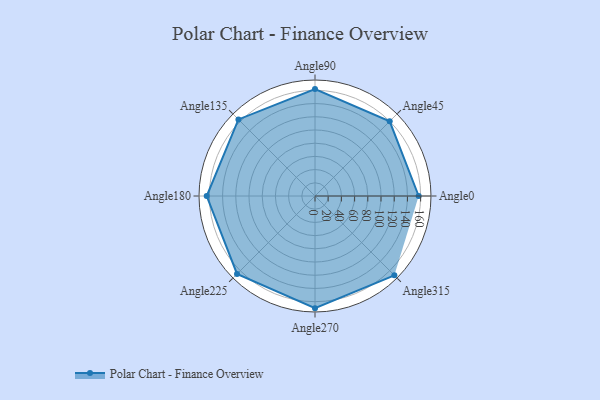
{"axis": {"x": "Angle", "y": "Radius"}, "legend": [""], "data": [{"x": "Angle0", "y": 157.0, "type": ""}, {"x": "Angle45", "y": 160.0, "type": ""}, {"x": "Angle90", "y": 162.0, "type": ""}, {"x": "Angle135", "y": 164.0, "type": ""}, {"x": "Angle180", "y": 164.0, "type": ""}, {"x": "Angle225", "y": 167.0, "type": ""}, {"x": "Angle270", "y": 170, "type": ""}, {"x": "Angle315", "y": 170, "type": ""}]}